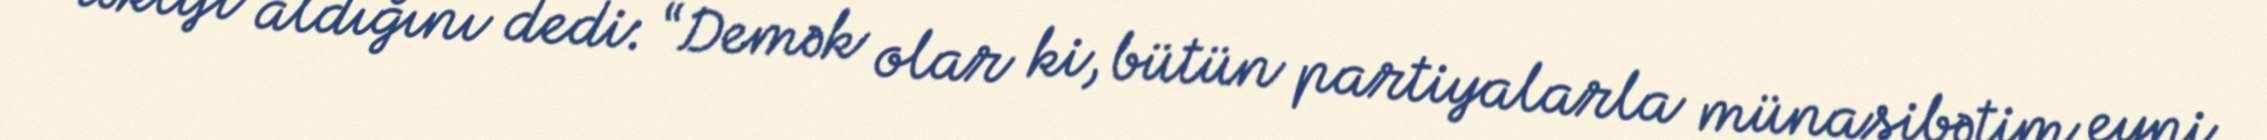
təklifi aldığını dedi: “Demək olar ki, bütün partiyalarla münasibətim eyni